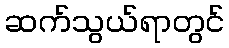
ဆက်သွယ်ရာတွင်